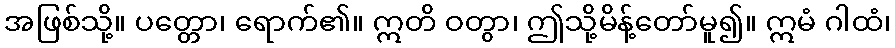
အဖြစ်သို့။ ပတ္တော၊ ရောက်၏။ ဣတိ ဝတွာ၊ ဤသို့မိန့်တော်မူ၍။ ဣမံ ဂါထံ၊